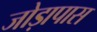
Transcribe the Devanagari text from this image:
जोड़ापास